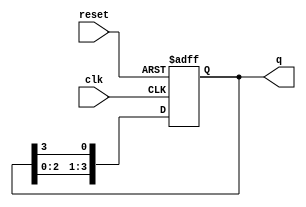
module multi_stage_ring_counter #(
    parameter N = 4  // Number of stages (flip-flops)
)(
    input wire clk,        // Clock input
    input wire reset,      // Asynchronous reset
    output reg [N-1:0] q   // Output state of the counter
);

    // Initial state
    initial begin
        q = 1'b1; // Start with the first flip-flop set to '1'
    end

    // Always block triggered on the rising edge of the clock or reset
    always @(posedge clk or posedge reset) begin
        if (reset) begin
            q <= 1'b1; // Reset the counter to initial state
        end else begin
            // Shift the '1' to the next flip-flop
            q <= {q[N-2:0], q[N-1]}; // Shift left and wrap around
        end
    end

endmodule